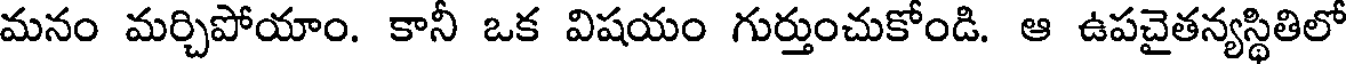
మనం మర్చిపోయాం. కానీ ఒక విషయం గుర్తుంచుకోండి. ఆ ఉపచైతన్యస్థితిలో